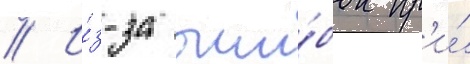
// И́з-за оши́бок пр'и́